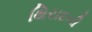
થિરાદની